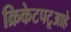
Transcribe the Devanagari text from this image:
क्रिकेटपटूआहे